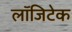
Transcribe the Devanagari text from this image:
लॉजिटेक